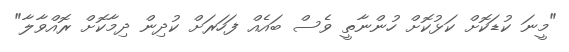
"މީނަ ކުޑަކޮށް ކަޅުކޮށް ހުންނާތީ ވެސް ބައެއް ފަހަރަށް ކުދިން ދިމާކޮށް ރޮއްވާލާ"